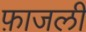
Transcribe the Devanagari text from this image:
फ़ाजली